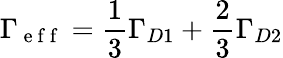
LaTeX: \Gamma_{\mathrm{~e~f~f~}}=\frac{1}{3}\Gamma_{D1}+\frac{2}{3}\Gamma_{D2}